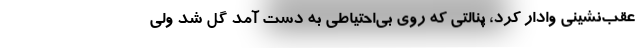
عقب‌نشینی وادار کرد، پنالتی که روی بی‌احتیاطی به دست آمد گل شد ولی